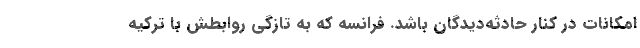
امکانات در کنار حادثه‌دیدگان باشد. فرانسه که به تازگی روابطش با ترکیه